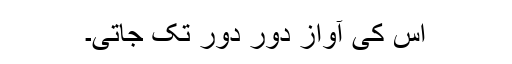
اس کی آواز دور دور تک جاتی۔